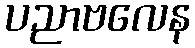
ပညာဗလေန